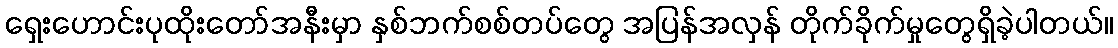
ရှေးဟောင်းပုထိုးတော်အနီးမှာ နှစ်ဘက်စစ်တပ်တွေ အပြန်အလှန် တိုက်ခိုက်မှုတွေရှိခဲ့ပါတယ်။